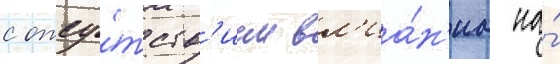
с отсу́тств'ием вл'иа́н'иа на́